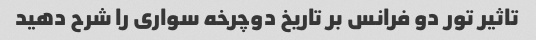
تاثیر تور دو فرانس بر تاریخ دوچرخه سواری را شرح دهید